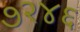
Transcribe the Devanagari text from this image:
७२४६